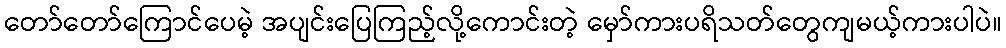
တော်တော်ကြောင်ပေမဲ့ အပျင်းပြေကြည့်လို့ကောင်းတဲ့ မှော်ကားပရိသတ်တွေကျမယ့်ကားပါပဲ။